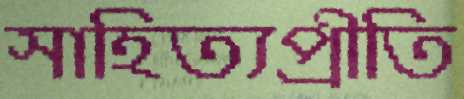
সাহিত্যপ্রীতি